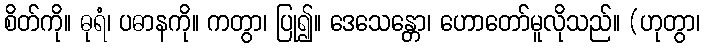
စိတ်ကို။ ဓုရံ၊ ပဓာနကို။ ကတွာ၊ ပြု၍။ ဒေသေန္တော၊ ဟောတော်မူလိုသည်။ (ဟုတွာ၊